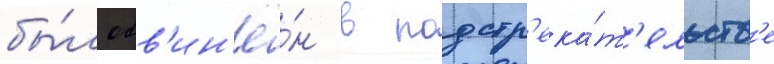
бы́л обв'ин'ё́н в подстр'ека́т'ельств'е